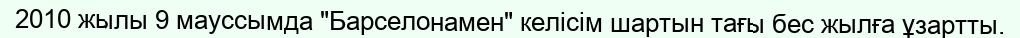
2010 жылы 9 мауссымда "Барселонамен" келісім шартын тағы бес жылға ұзартты.